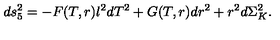
d s _ { 5 } ^ { 2 } = - F ( T , r ) l ^ { 2 } d T ^ { 2 } + G ( T , r ) d r ^ { 2 } + r ^ { 2 } d \Sigma _ { K } ^ { 2 } .